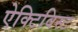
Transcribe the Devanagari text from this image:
ऐक्टिविस्ट